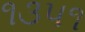
૧૩૫૧